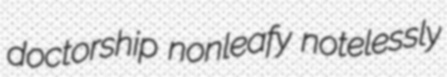
doctorship nonleafy notelessly